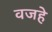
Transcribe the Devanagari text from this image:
वजहे